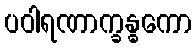
ပဝါရဏာက္ခန္ဓကော